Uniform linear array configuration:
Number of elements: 24
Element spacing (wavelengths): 0.5
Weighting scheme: cosine
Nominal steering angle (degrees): -45
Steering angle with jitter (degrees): -45.824
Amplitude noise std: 0.05
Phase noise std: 0.05

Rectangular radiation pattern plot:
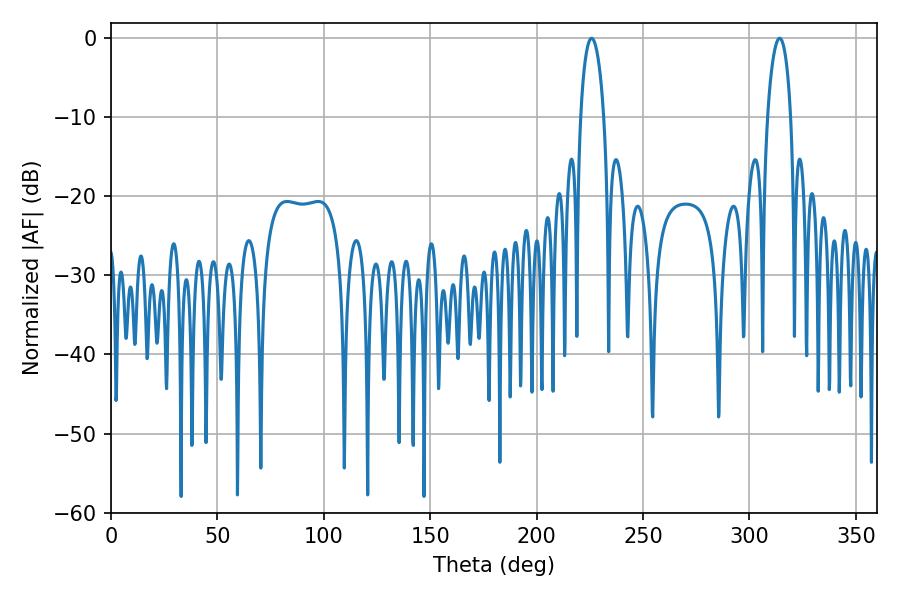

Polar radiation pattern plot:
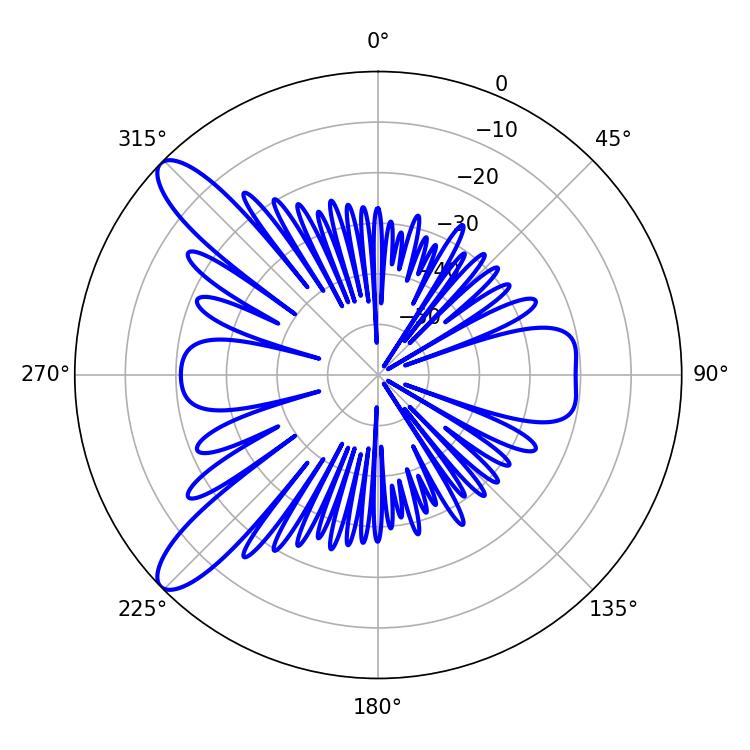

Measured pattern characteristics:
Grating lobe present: FALSE
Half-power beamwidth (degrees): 6.12
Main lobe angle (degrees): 225.9